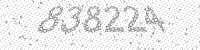
Solution: 838224